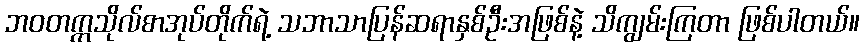
ဘဝတက္ကသိုလ်စာအုပ်တိုက်ရဲ့ သဘာသာပြန်ဆရာနှစ်ဦးအဖြစ်နဲ့ သိကျွမ်းကြတာ ဖြစ်ပါတယ်။